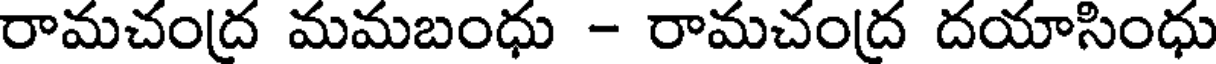
రామచంద్ర మమబంధు - రామచంద్ర దయాసింధు